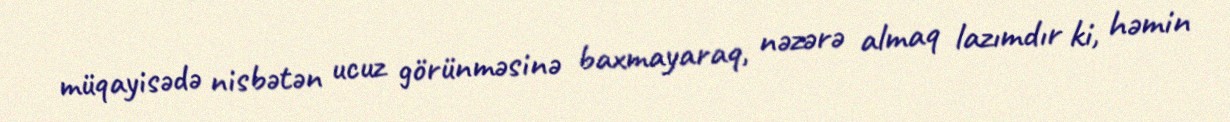
müqayisədə nisbətən ucuz görünməsinə baxmayaraq, nəzərə almaq lazımdır ki, həmin